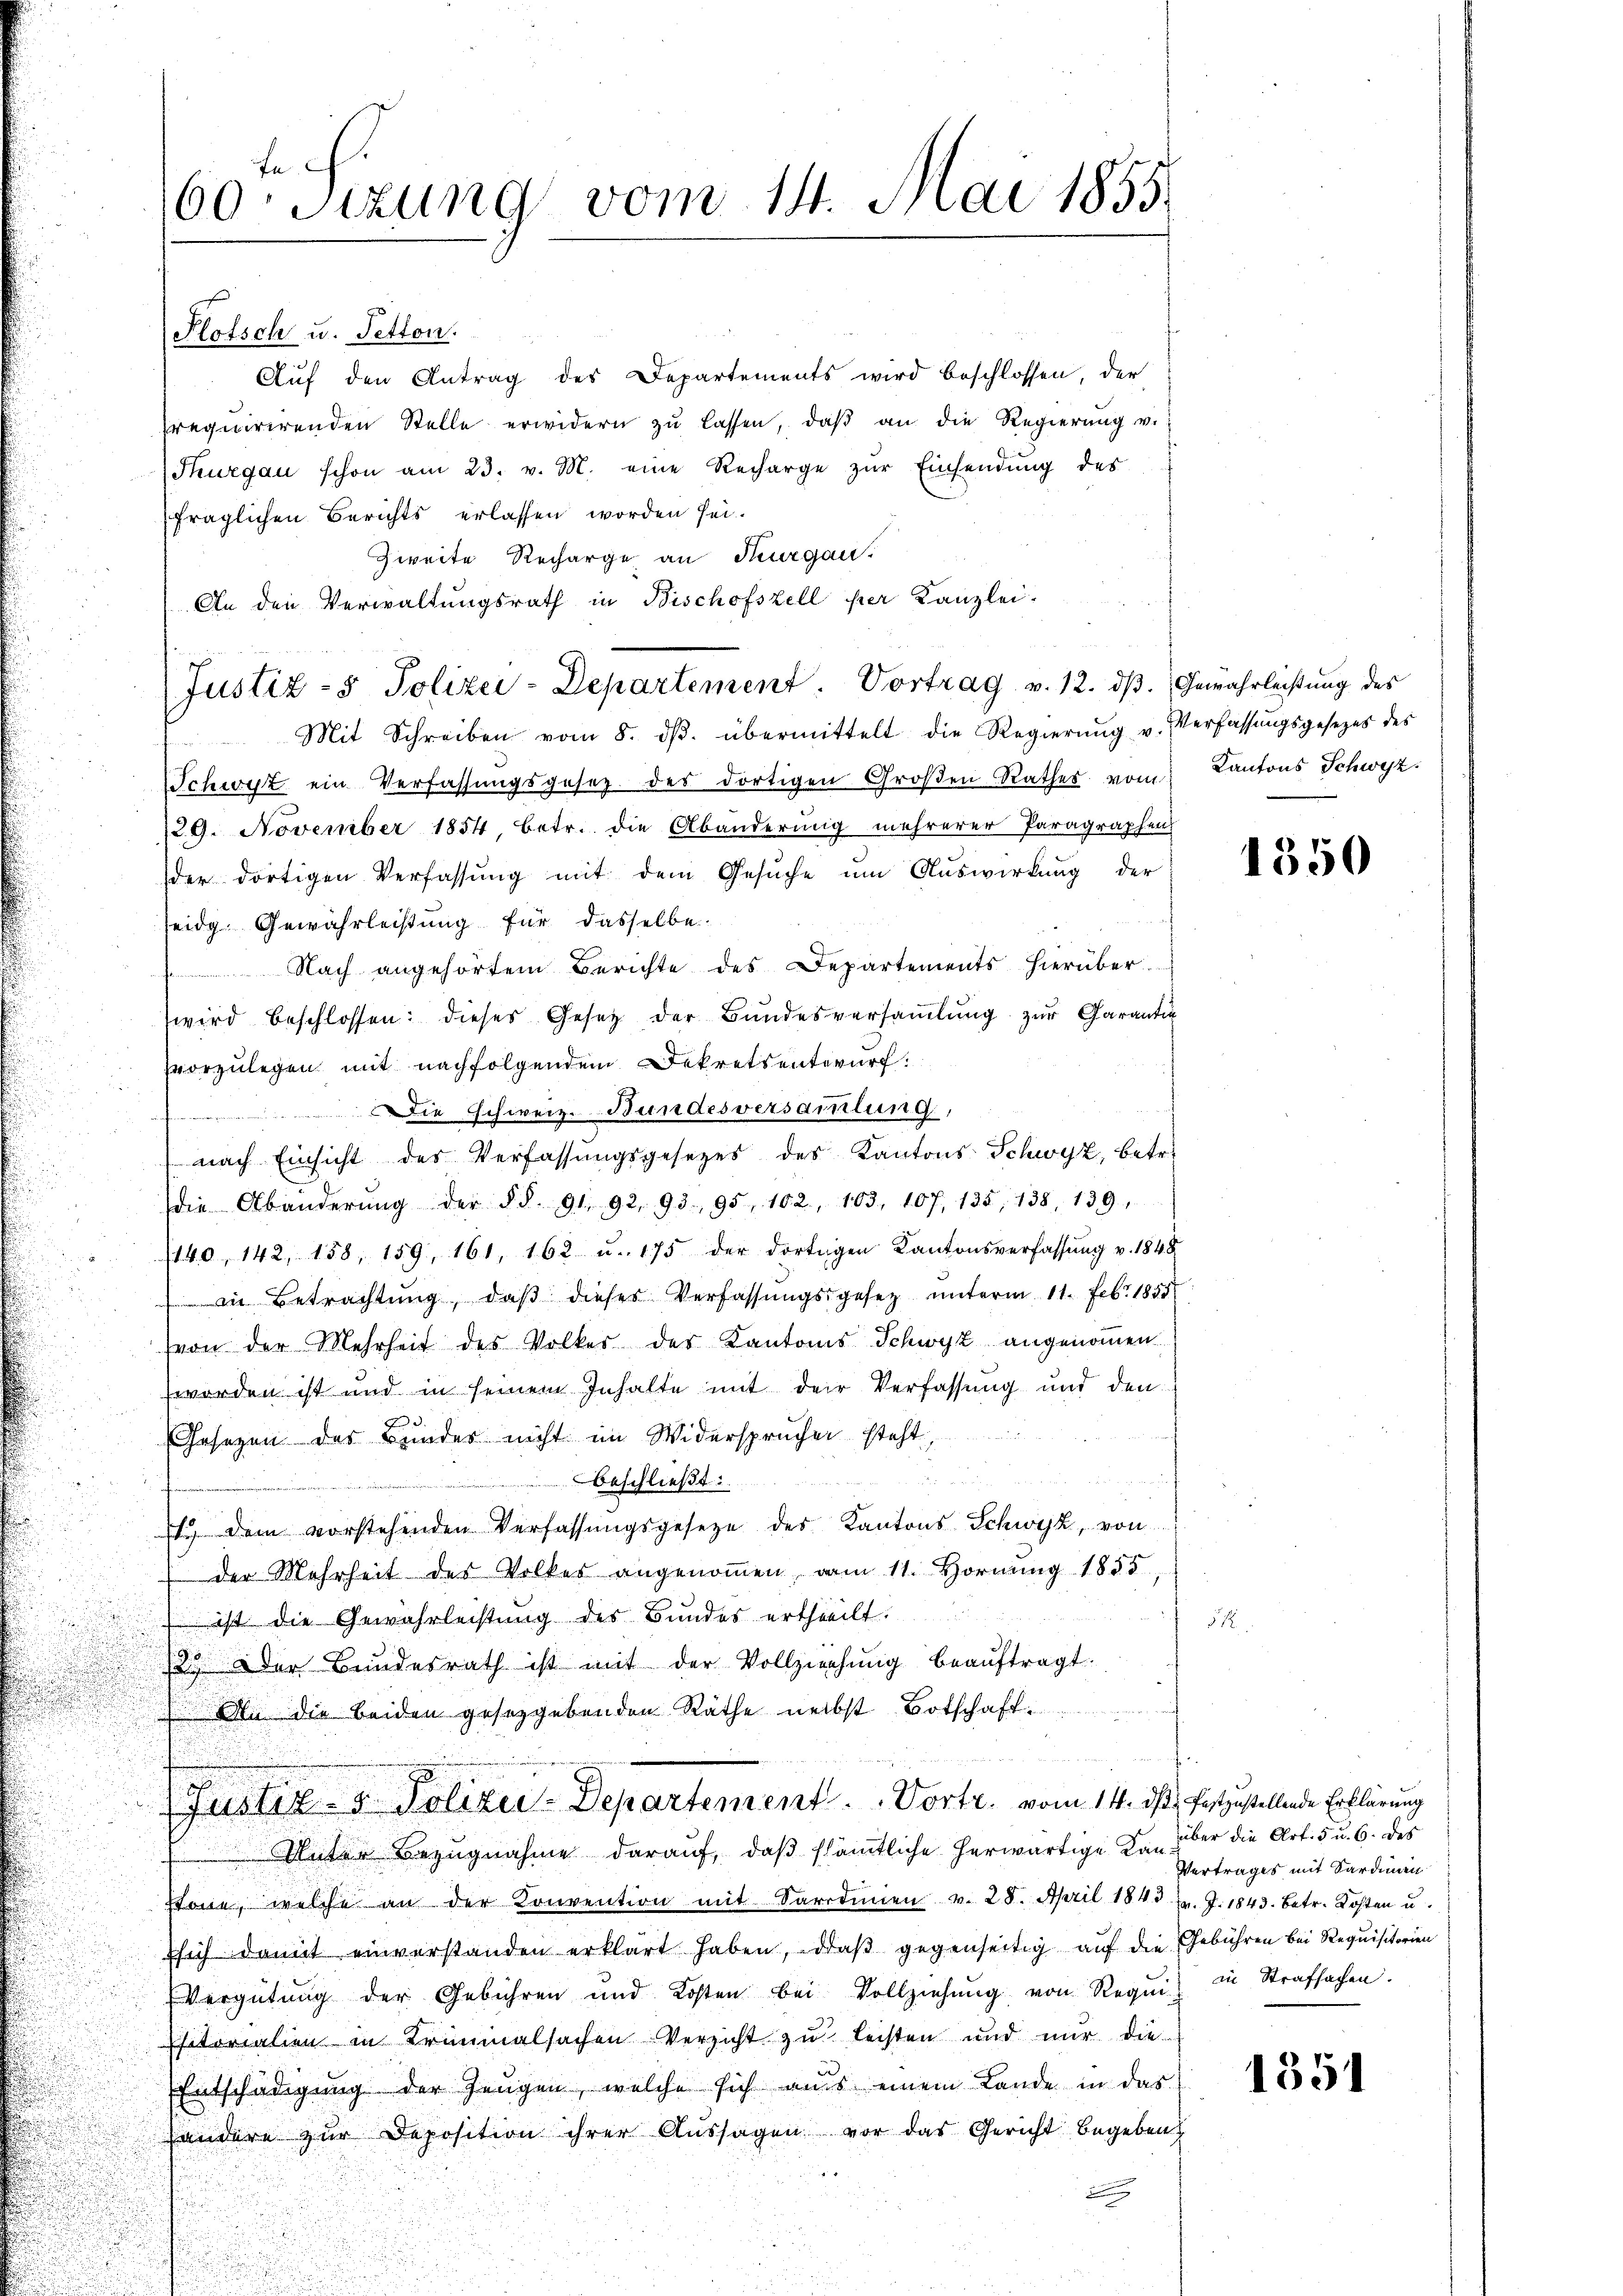
60te Sizung vom 14. Mai 1855.

Hlotsch u. Setten.
Auf den Antrag des Departements wird beschlossen, der
requirirenden Stelle erwidern zŭ lassen, daβ an die Regierŭng v.
Thurgau schon am 23. v. M. eine Recharge zŭr Einsendung des
fraglichen Berichts erlassen worden sei.
Zweite Recharge an Thurgau.
An den Verwaltungsrath in Bischofszell per Kanzlei-
Justiz- & Polizei-Departement. Vortrag v. 12. dβ.  Gewahrleistung des
Mit Schreiben vom 8. dβ. übermittelt die Regierŭng u. Verfassŭngsgesetzes des
Schwyz ein Verfassungsgesetz des dortigen Großen Rathes vom Kantons Schwyz.
129. November 1854 betr. die Abänderung mehrerer Paragraphen
der dortigen Verfassŭng mit dem Gesŭche um Auswirkung der
seidg. Gewährleistung für dasselbe
Nach angehörtem Berichte des Departements hierüber
wird beschlossen: dieses Gesetz der Bundesversaṁlŭng zur Garantin
vvorzulegen mit nachfolgendem Dekretsentwurf.
Die Schweiz. Bundesversammlung,
nach Einsicht des Verfassŭngsgesetzes des Kantons Schwyz, betr.
die Abänderŭng der § §. 91. 92. 95. 95, 102, 163, 107, 135, 138, 139.
140, 142, 158, 159, 161, 162 u. 175 der dortigen Kantonsverfassŭng v. 1848
in Betrachtŭng, daβ dieser Verfassŭngsgesez ŭnterm 11. Febr. 1855
von der Mehrheit des Volker der Kantons Schwyz angenommen.
worden ist und in seinem Inhalte mit der Verfassung und den
Gesetzen des Bunder nicht im Widersprücher steht
 u
beschließt:
7. dem vorstehenden Verfassŭngsgesetze des Kantons Schwyz, von
der Mehrheit der Volker angenoṁen vom 11. Hornŭng 1855
 ist die Gewährleistung des Bundes ertheilt.
2
183. Der Bundesrath ist mit der Vollziehung beaŭftragt.
 An die beiden gesetzgebenden Räthe nebst Botschaft

Justiz- & Polizei-Departement . . Vortr. vom 14. ds., festzustellende Erklärung
Unter Bezugnahme darauf, daß sämtliche herwärtige Kanstone, welche an der Konvention mit Sardinien v. 28. April 1843 f. J. 1843. Betr. Kosten u.
Esich damit einverstanden erklärt haben, daß gegenseitig auf die Gebühren bei Requisitorien
Vergütŭng der Gebühren und Kosten bei Vollziehŭng von Reqŭi) in Strafsachen.
sitorialien in Trinialsachen Versicht zu leisten und nur die-
Entschädigung der Zeugen, welche sich aus einem Lande in das
andere zur Deposition ihrer Aussagen vor das Gericht begeben

1350

über die Art. 5 u. 6. des
Vertrages mit Sardinen

1351